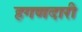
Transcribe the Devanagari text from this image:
हगणदारी